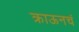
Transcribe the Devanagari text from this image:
क्राऊनचं